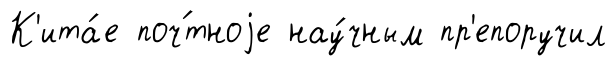
К'ита́е поч́тноjе нау́чным пр'епоручил